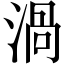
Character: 渦